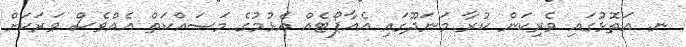
ނ. އަތޮޅުގައި ވެރިކަން ކުރާ މަނަދޫގައި އެއާޕޯޓެއް އެޅުމުގެ މަސައްކަތް އެއްވެސް ވަރަކަށް